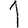
Digit: 1